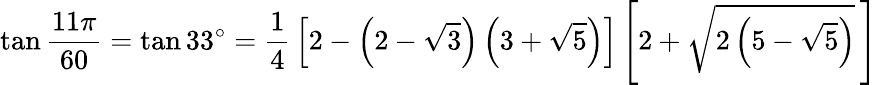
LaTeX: \tan{\frac{11\pi}{60}}=\tan 33^{\circ}={\frac{1}{4}}\left[2-\left(2-{\sqrt{3}}\right)\left(3+{\sqrt{5}}\right)\right]\left[2+{\sqrt{2\left(5-{\sqrt{5}}\right)}}\, \right]